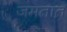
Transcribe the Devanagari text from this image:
जमतात़